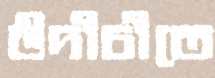
উদীচীতে